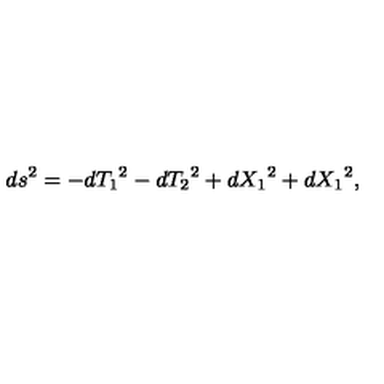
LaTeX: d s ^ { 2 } = - d { T _ { 1 } } ^ { 2 } - d { T _ { 2 } } ^ { 2 } + d { X _ { 1 } } ^ { 2 } + d { X _ { 1 } } ^ { 2 } ,